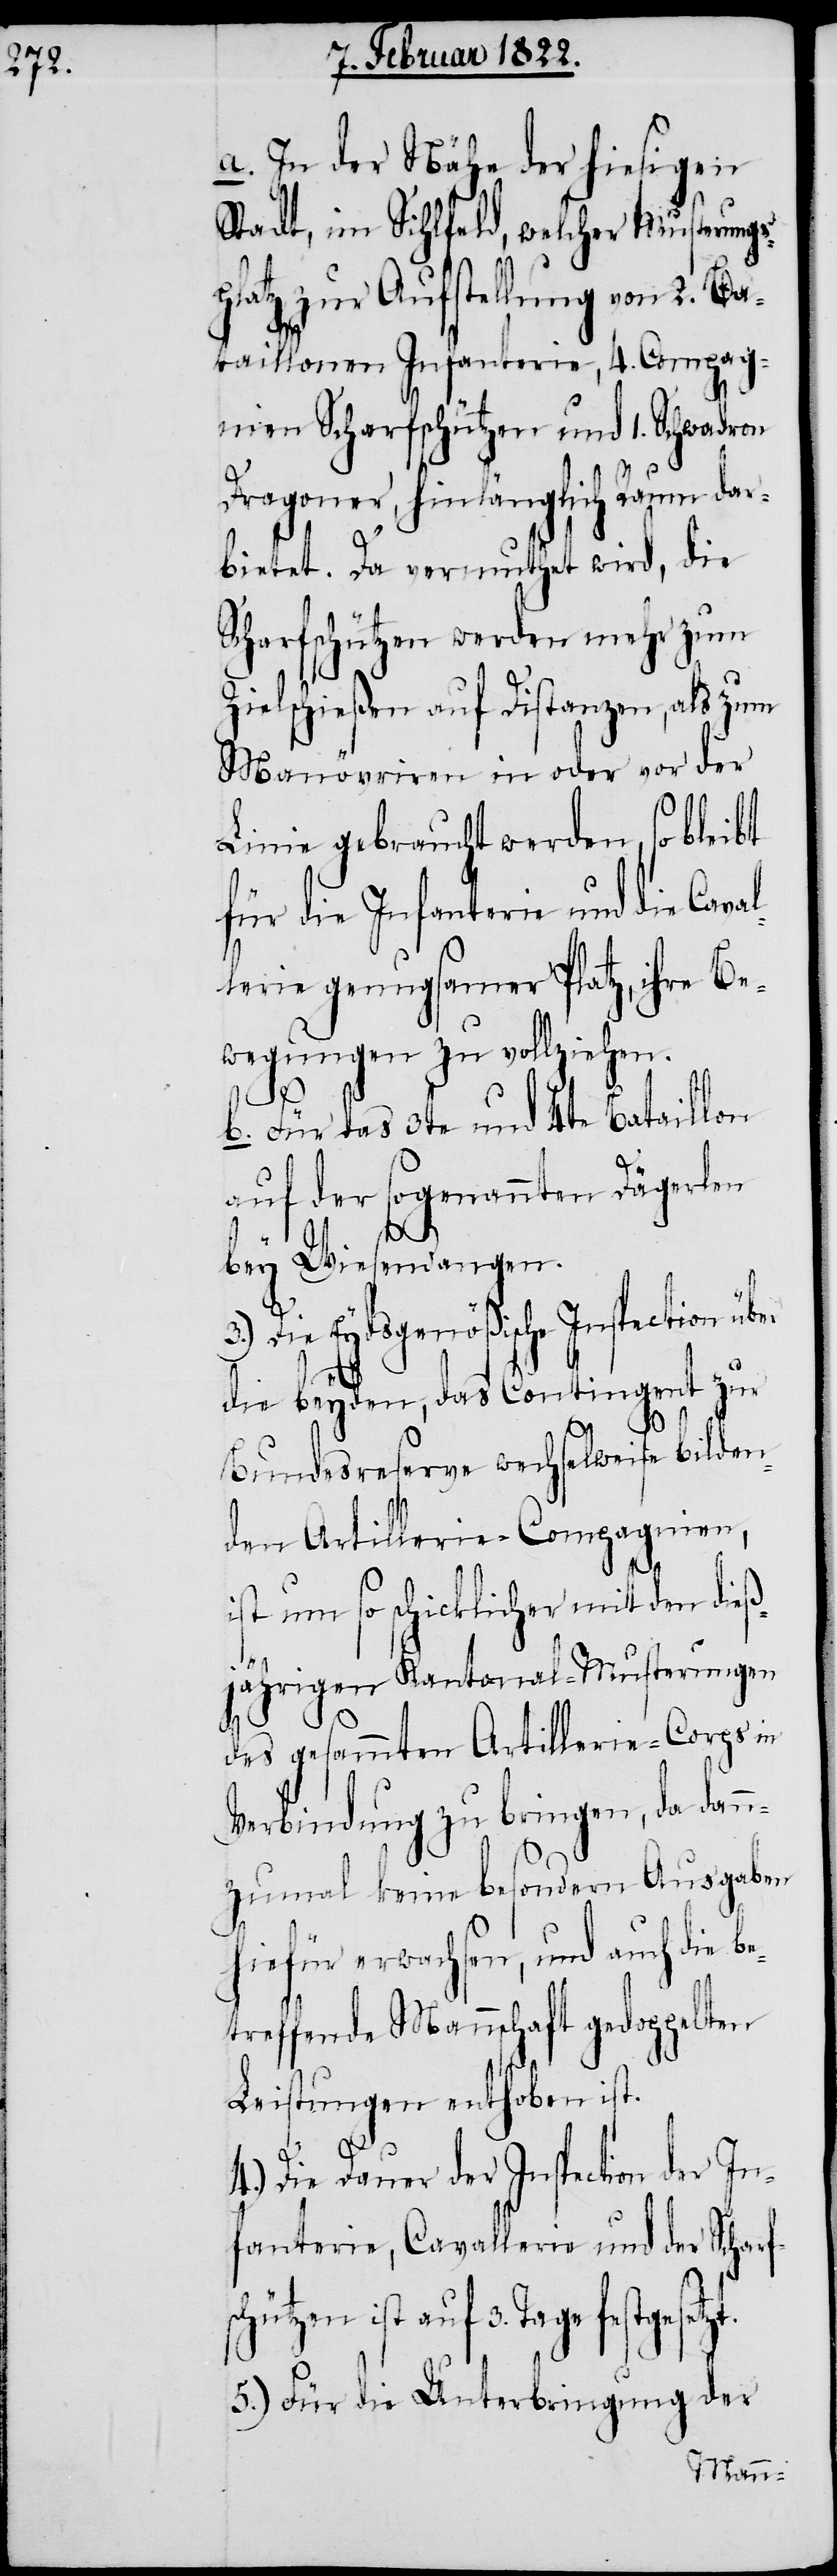
a. In der Nähe der hiesigen
Stadt, im Sihlfeld, welcher Musterungs¬
platz zur Aufstellung von 2. Ba¬
3.)
taillonen Infanterie, 4. Compag¬
nien Scharfschützen und 1. Schwadron
Dragoner, hinlänglich Raum dar¬
bietet. Das vermuthet wird, die
Scharfschützen werden mehr zum
Zielschießen auf Distanzen, als zu
Manövriren in oder vor der
Linie gebraucht werden, so bleibt
für die Infanterie und die Cava¬
lerie genugsamer Platz, ihre Be¬
wegungen zu vollziehen.
b. Für das 3te und 4te Bataillon
auf der sogenannten Dägerlen
bey Wiesendangen.
schützen ist auf 3.
die beyden, das Contingent zur
Bundesreserve wechselweise bilden¬
ist um so schicklicher mit den dieß¬
jährigen Kantonal-Musterungen
des gesammten Artillerie-Corps in
Verbindung zu bringen, da dann
zumal keine besondern Ausgaben
hiefür erwachsen, und auch die be¬
treffende Mannschaft gedoppelten
Leistungen enthoben ist.
4.) Die Dauer der Inspection der In¬
fanterie, Cavallerie und der Scharf¬
Tage festgesetzt.
5.) Für die Unterbringung der